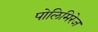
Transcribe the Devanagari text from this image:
पोलिमिरेज